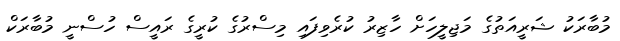
މުބާރަކު ޝަރީއަތުގެ މަޖިލީހަށް ހާޒިރު ކުރެވިފައި މިސްރުގެ ކުރީގެ ރައީސް ހުސްނީ މުބާރަކް